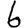
Digit: 6